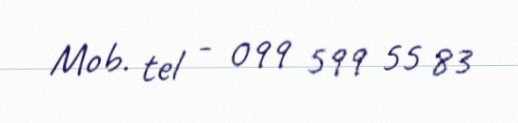
Mob. tel - 099 599 55 83